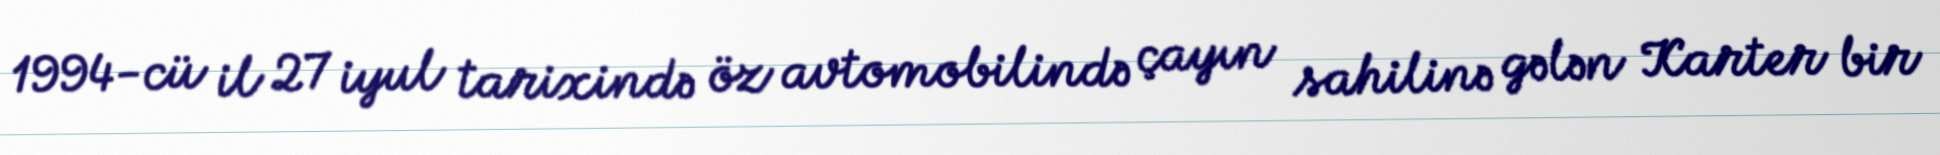
1994-cü il 27 iyul tarixində öz avtomobilində çayın sahilinə gələn Karter bir